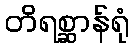
တိရစ္ဆာန်ရုံ